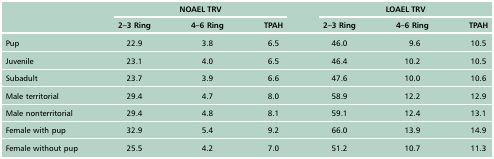
<table><thead><tr><td></td><td colspan="3"><b>NOAEL TRV</b></td><td colspan="3"><b>LOAEL TRV</b></td></tr><tr><td></td><td><b>2–3 Ring</b></td><td><b>4–6 Ring</b></td><td><b>TPAH</b></td><td><b>2–3 Ring</b></td><td><b>4–6 Ring</b></td><td><b>TPAH</b></td></tr></thead><tbody><tr><td>Pup</td><td>22.9</td><td>3.8</td><td>6.5</td><td>46.0</td><td>9.6</td><td>10.5</td></tr><tr><td>Juvenile</td><td>23.1</td><td>4.0</td><td>6.5</td><td>46.4</td><td>10.2</td><td>10.5</td></tr><tr><td>Subadult</td><td>23.7</td><td>3.9</td><td>6.6</td><td>47.6</td><td>10.0</td><td>10.6</td></tr><tr><td>Male territorial</td><td>29.4</td><td>4.7</td><td>8.0</td><td>58.9</td><td>12.2</td><td>12.9</td></tr><tr><td>Male nonterritorial</td><td>29.4</td><td>4.8</td><td>8.1</td><td>59.1</td><td>12.4</td><td>13.1</td></tr><tr><td>Female with pup</td><td>32.9</td><td>5.4</td><td>9.2</td><td>66.0</td><td>13.9</td><td>14.9</td></tr><tr><td>Female without pup</td><td>25.5</td><td>4.2</td><td>7.0</td><td>51.2</td><td>10.7</td><td>11.3</td></tr></tbody></table>